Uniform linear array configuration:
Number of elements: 24
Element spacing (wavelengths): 0.75
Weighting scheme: kaiser
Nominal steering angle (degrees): -15
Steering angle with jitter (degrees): -14.184
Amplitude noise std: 0.05
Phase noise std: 0.05

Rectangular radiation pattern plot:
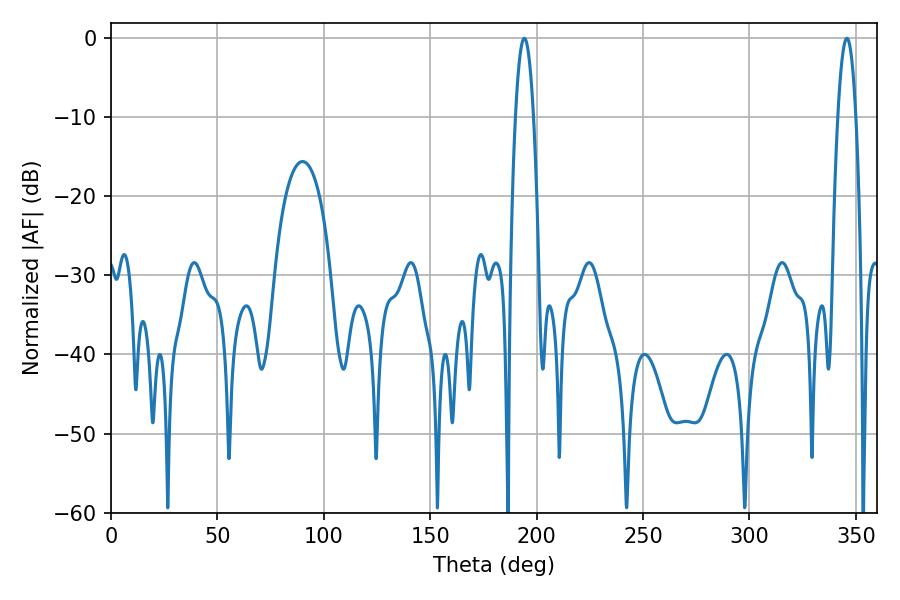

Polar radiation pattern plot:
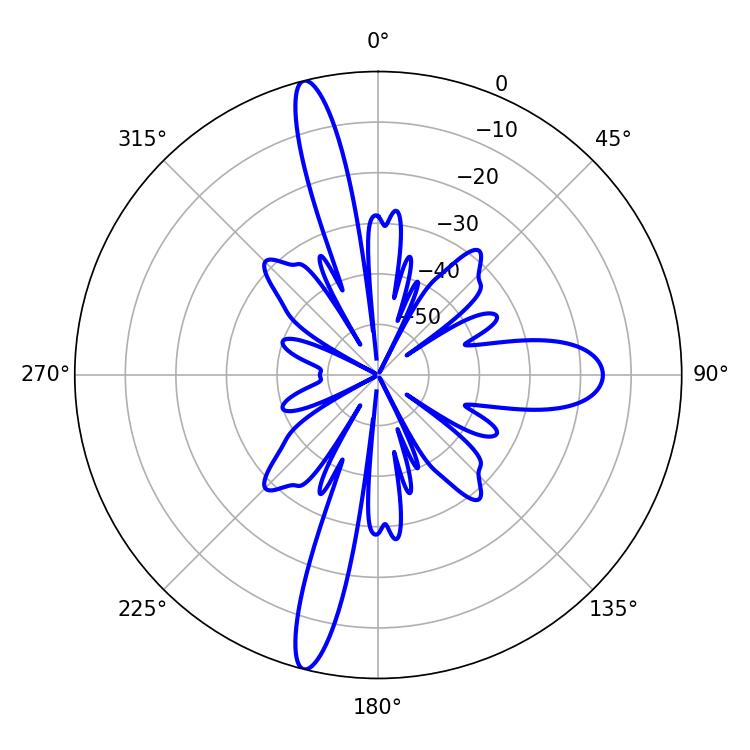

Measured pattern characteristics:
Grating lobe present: TRUE
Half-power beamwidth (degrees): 4.68
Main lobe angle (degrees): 345.78